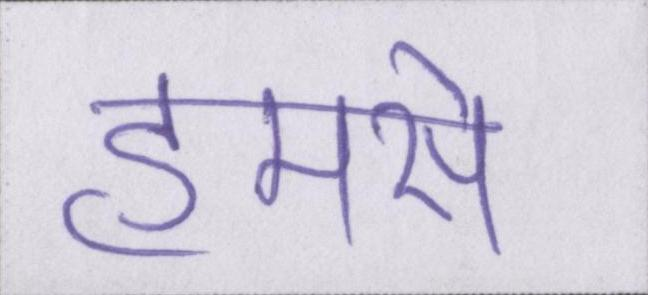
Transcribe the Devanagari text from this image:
हमसे